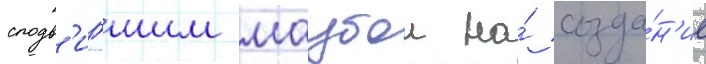
сподв'игшим маубои на́ созда́н'ие